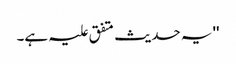
'' یہ حدیث متفق علیہ ہے۔